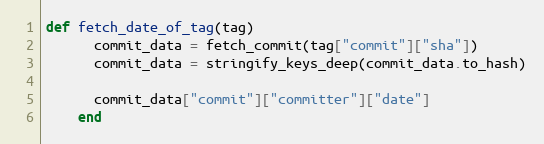
Language: Ruby
def fetch_date_of_tag(tag)
      commit_data = fetch_commit(tag["commit"]["sha"])
      commit_data = stringify_keys_deep(commit_data.to_hash)

      commit_data["commit"]["committer"]["date"]
    end